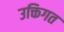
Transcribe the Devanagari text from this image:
उक्तिगत